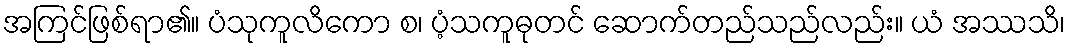
အကြင်ဖြစ်ရာ၏။ ပံသုကူလိကော စ၊ ပံ့သကူဓုတင် ဆောက်တည်သည်လည်း။ ယံ အဿသိ၊